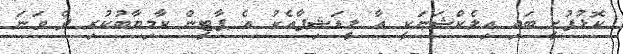
ކޮޅުފުށީ ބައި އިލެކްޝަނަކީ އާ ލީޑަޝިޕާއެކު އެ ޕާޓީން ކާމިޔާބުކުރި ދެ ވަނަ